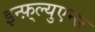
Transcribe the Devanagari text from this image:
इन्फ़्ल्युएन्स